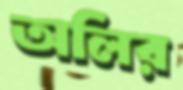
অলির